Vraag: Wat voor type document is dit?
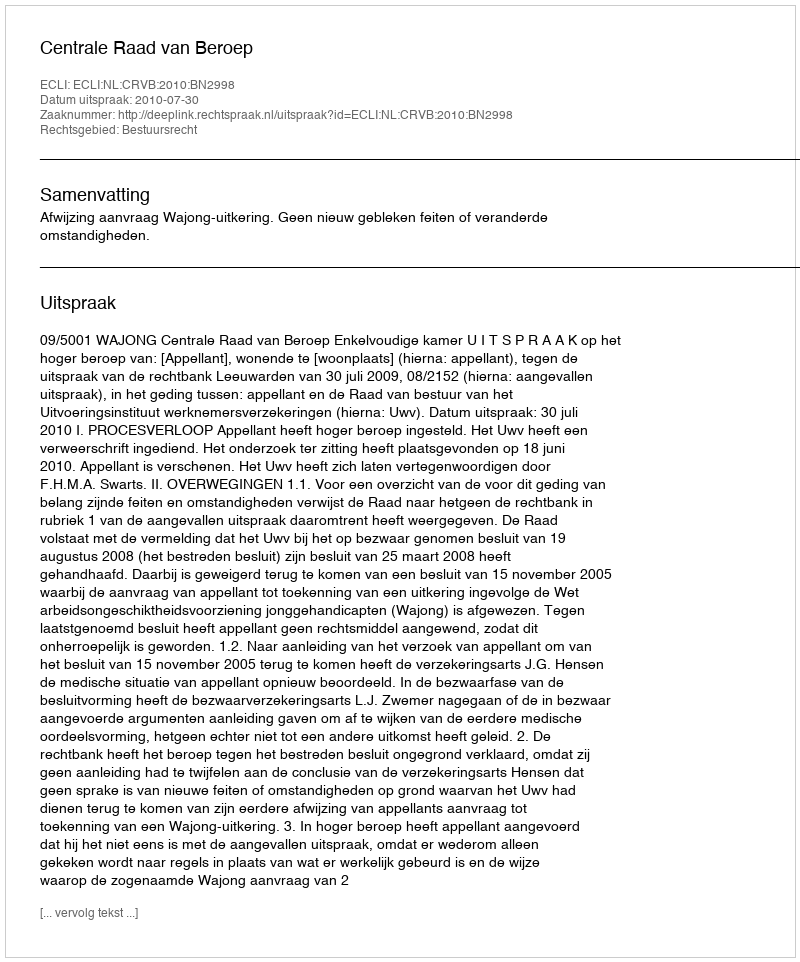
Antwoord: Uitspraak